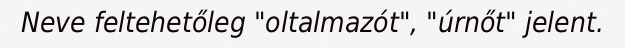
Neve feltehetőleg "oltalmazót", "úrnőt" jelent.